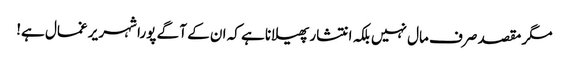
مگر مقصد صرف مال نہیں بلکہ انتشار پھیلانا ہے کہ ان کے آ گے پورا شہر یر غمال ہے!